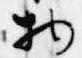
物